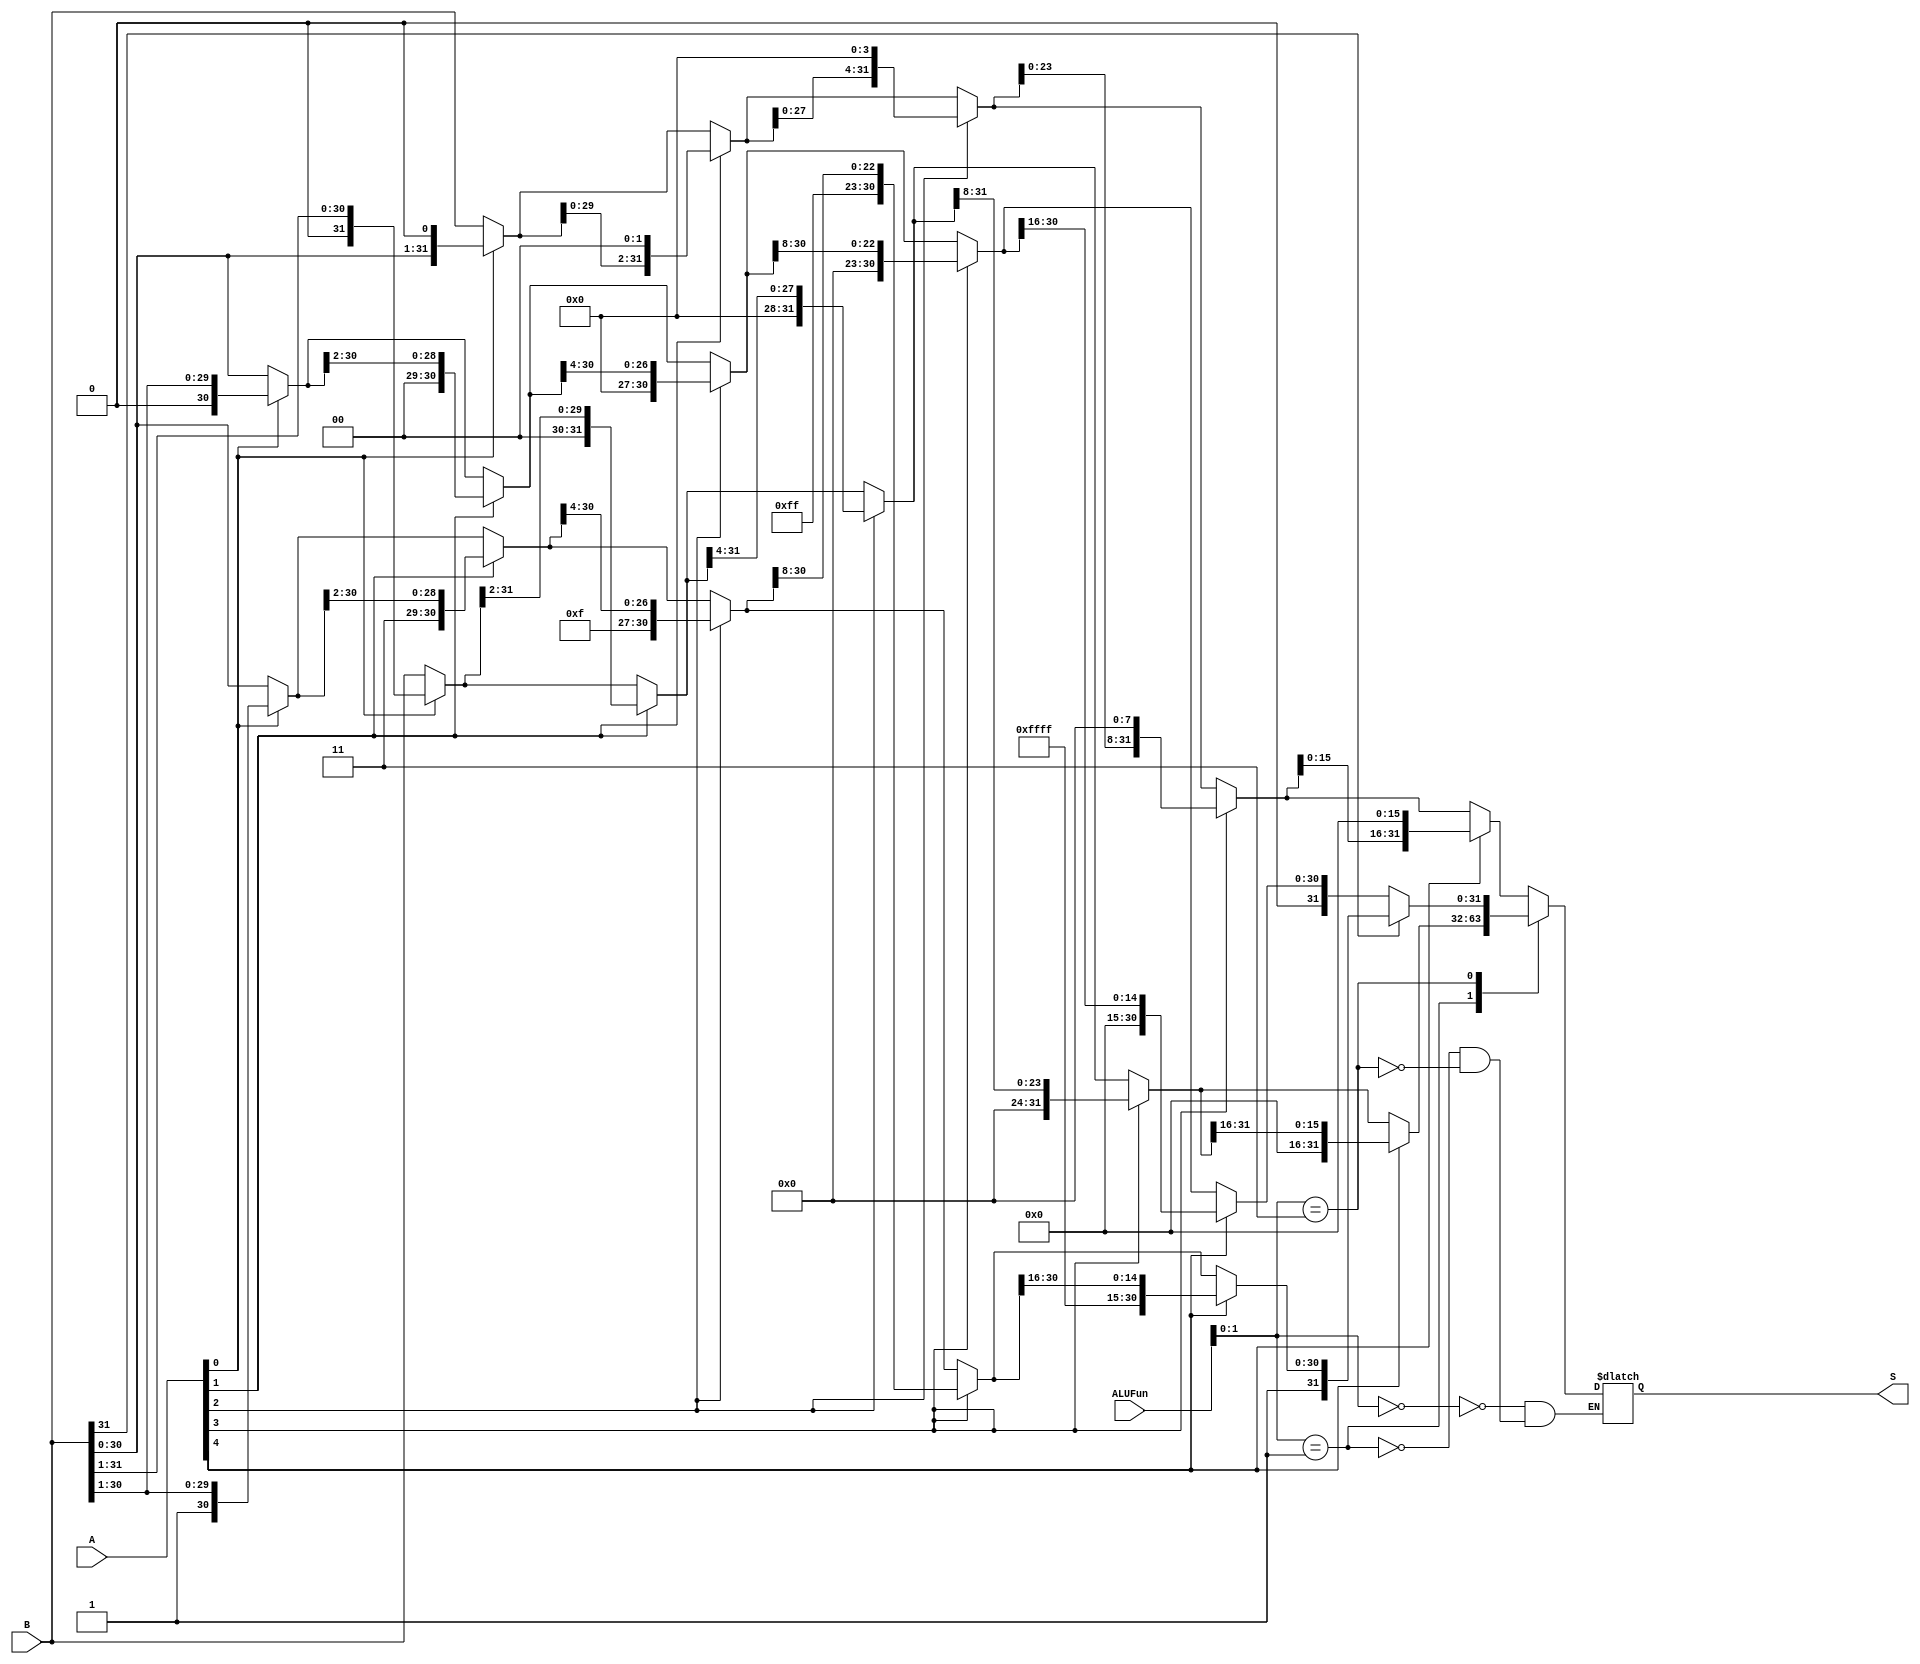
module Shift(A,B,ALUFun,S);
  input [31:0] A,B;
  input [5:0] ALUFun;//[1:0]
  output reg[31:0] S;
  
  wire [4:0] a;
  wire[31:0] b,c;
  reg [31:0] s0,s1,s2,s3;
  
  assign a=A[4:0];
  assign  b=0;
  assign  c=~b;

 
  
  always @(*) begin
    case(ALUFun[1:0])
      2'b00:begin
        s0=(a[0]==0)?B:{B[30:0],b[0]};
        s1=(a[1]==0)?s0:{s0[29:0],b[1:0]};
        s2=(a[2]==0)?s1:{s1[27:0],b[3:0]};
        s3=(a[3]==0)?s2:{s2[23:0],b[7:0]};
        S=(a[4]==0)?s3:{s3[15:0],b[15:0]};
      end
      2'b01:begin
        s0=(a[0]==0)?B:{b[31],B[31:1]};//1
        s1=(a[1]==0)?s0:{b[31:30],s0[31:2]};//2
        s2=(a[2]==0)?s1:{b[31:28],s1[31:4]};//4
        s3=(a[3]==0)?s2:{b[31:24],s2[31:8]};//8
        S=(a[4]==0)?s3:{b[31:16],s3[31:16]};//16
      end
      2'b11:begin
        case(B[31])
          1'b0:begin 
              s0=(a[0]==0)?B:{b[31],B[31:1]};//1
              s1=(a[1]==0)?s0:{b[31:30],s0[31:2]};//2
              s2=(a[2]==0)?s1:{b[31:28],s1[31:4]};//4
              s3=(a[3]==0)?s2:{b[31:24],s2[31:8]};//8
              S=(a[4]==0)?s3:{b[31:6],s3[31:16]};//16
              end
          1'b1:begin
              s0=(a[0]==0)?B:{c[31],B[31:1]};//1
              s1=(a[1]==0)?s0:{c[31:30],s0[31:2]};//2
              s2=(a[2]==0)?s1:{c[31:28],s1[31:4]};//4
              s3=(a[3]==0)?s2:{c[31:24],s2[31:8]};//8
              S=(a[4]==0)?s3:{c[31:16],s3[31:16]};//16
              end
            endcase
          end
    endcase
end
endmodule